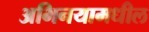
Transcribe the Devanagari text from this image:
अभिनयामधील